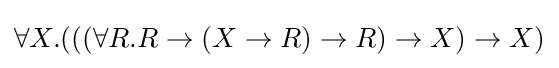
\forall X.(((\forall R.R\to (X\to R)\to R)\to X)\to X)